Suure-Kopu_vallavalitsus, lk 64
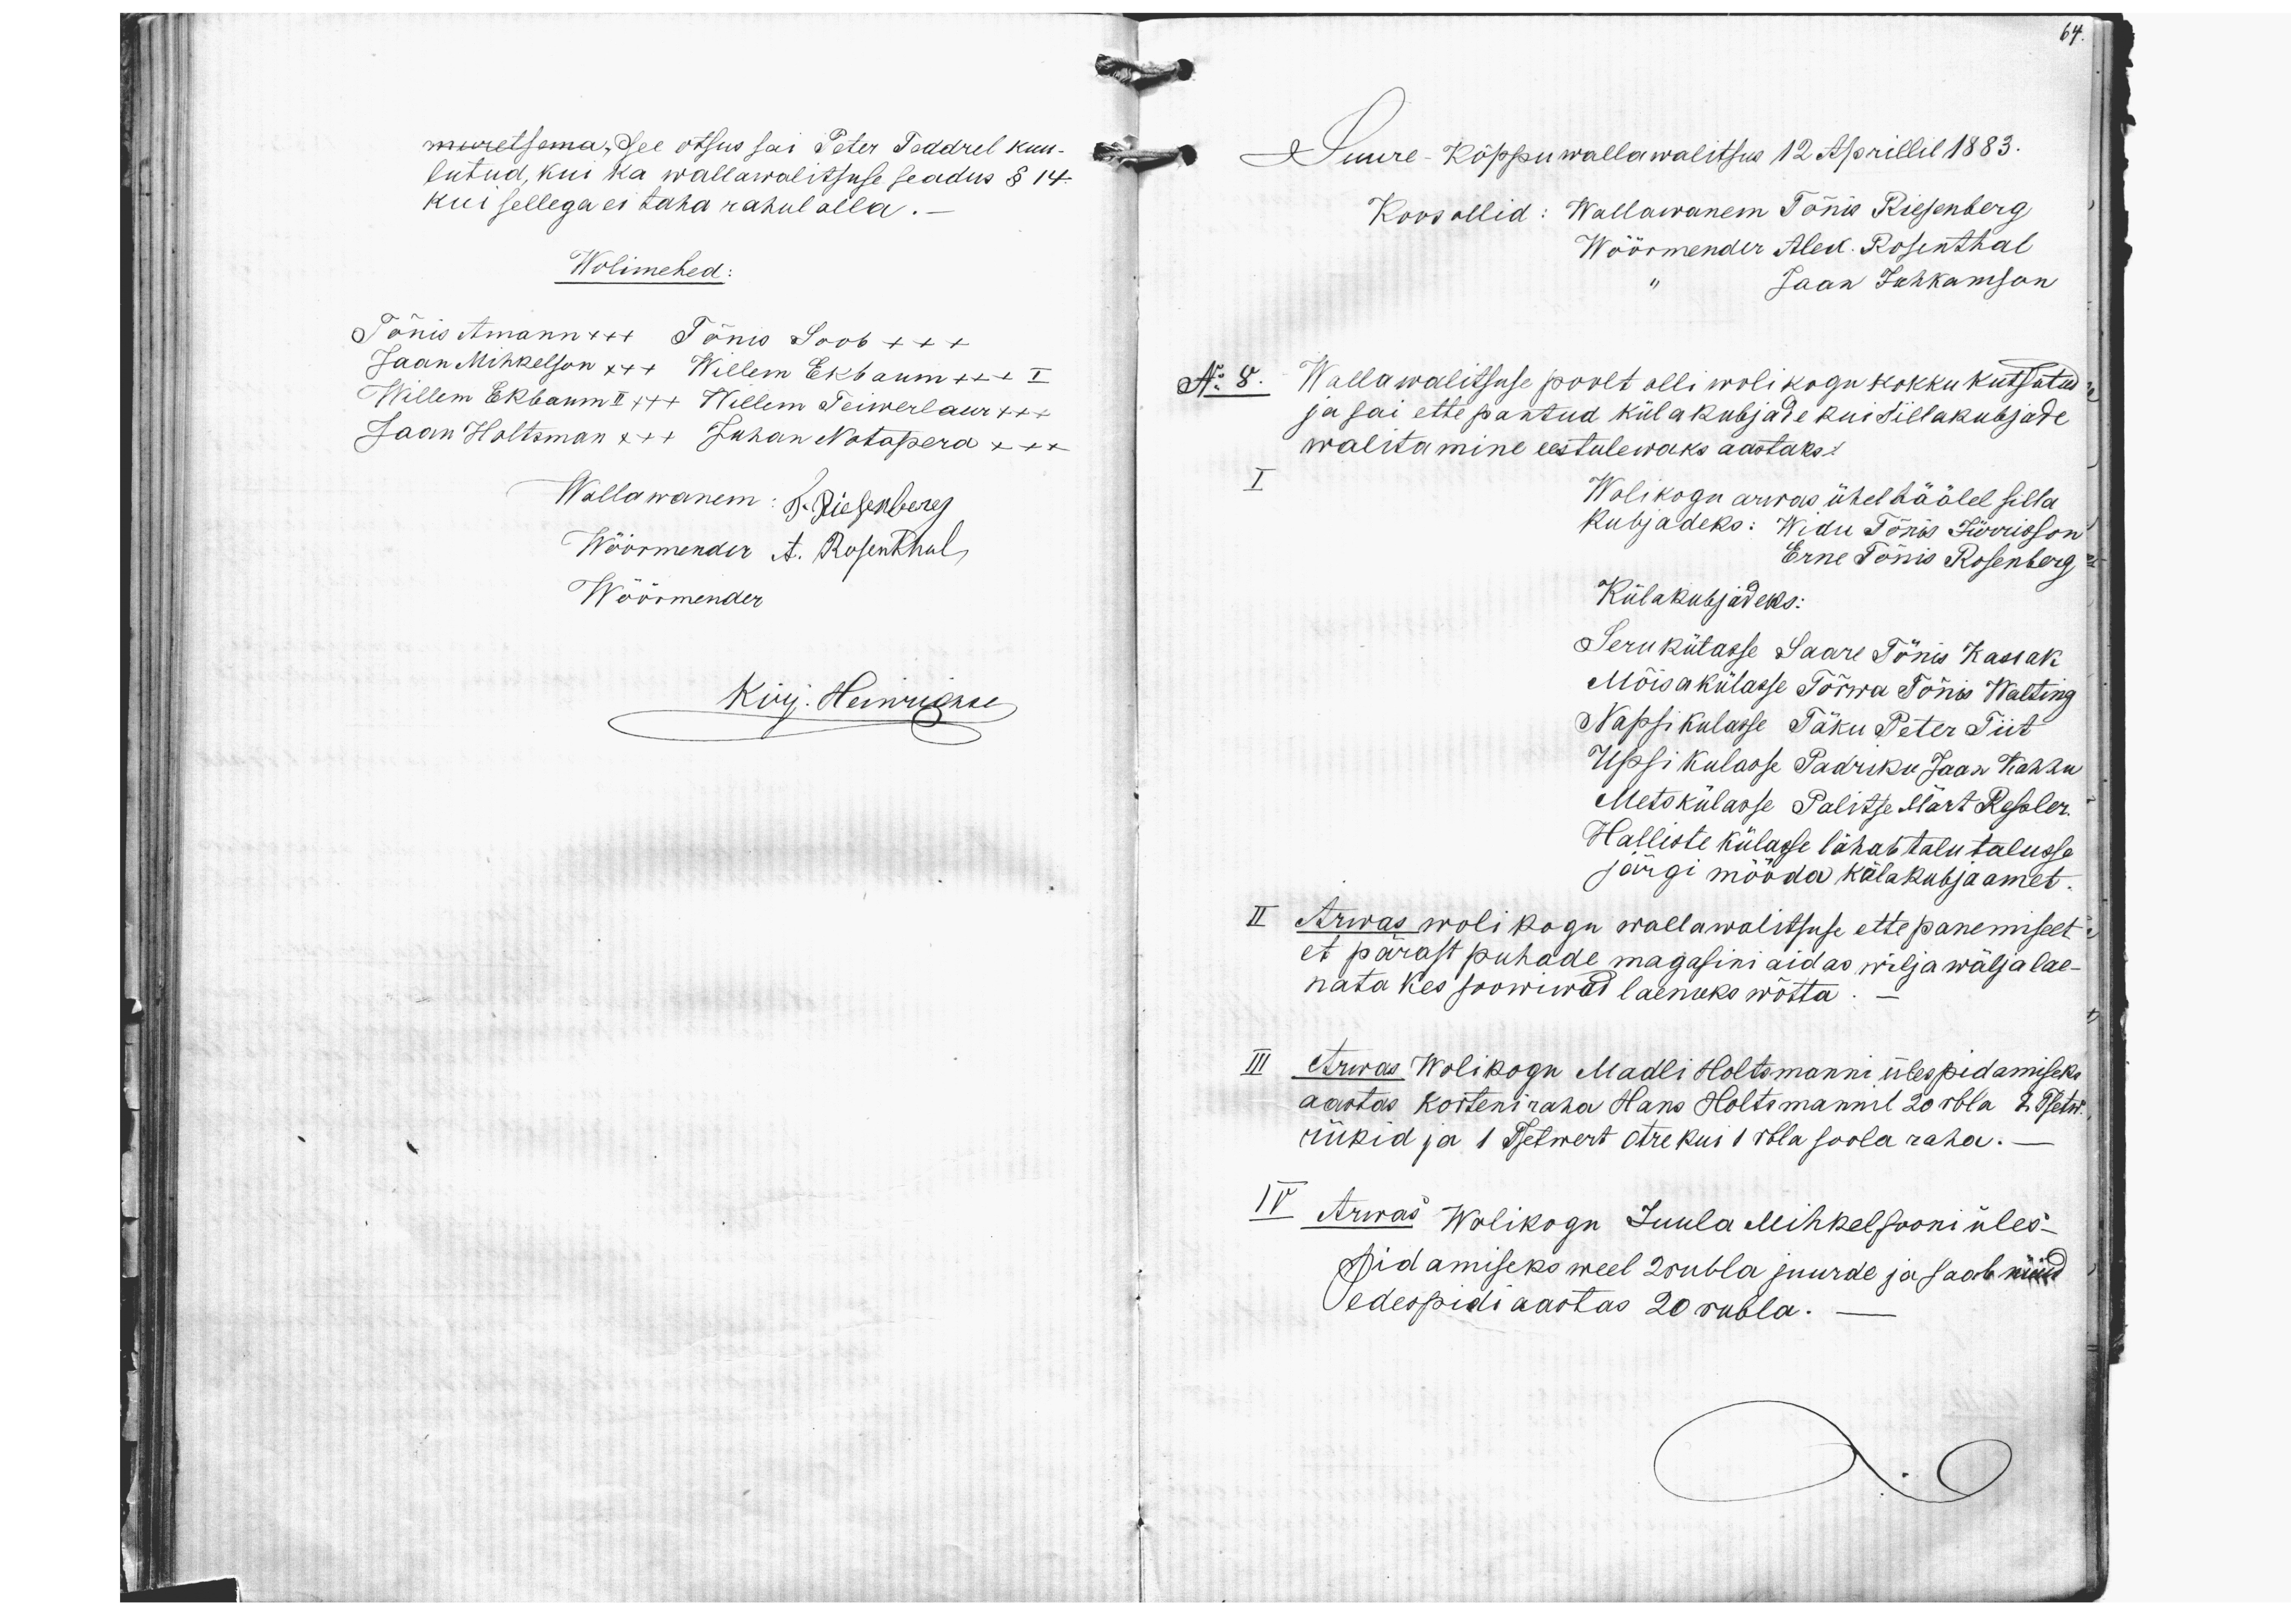
64.

muretsema, see otsus sai Peter Teddrel kuu-
lutud, kui ka wallawalitsuse seadus § 14.
kui sellega ei taha rahul olla.
Wolimehed:
Tõnis Amann xx+ Tõnis Soob xxx
Jaan Mihkelson x++ Willem Ekbaum +xx I
Willem Ekbaum II x++ Willem Teiwerlaur xxx
Jaan Holtsman x++ Juhan Notapera x+x
Wallawanem: K. Riesenberg
Wöörmendir A. Rosenthal,
Wöörmender
Kirj. Heinunguse

Suure-Kõppu wallawalitsus 12 Aprillil 1883.
Koos ollid: Wallawanem Tõnnis Riesenberg
Wöörmender Alex Rosenthal
" Jaan Juhkamson
Nr. 8. Wallawalitsuse poolt olli wolikogu kokku kutsutud
ja sai ettepantud küla kubjade kui sillakubjade
walitamine eestulewaks aastaks.
I
Wolikogu arwas ühel häälel silla
kubjadeks: Widu Tõnis Jürrison
Erne Tõnis Rosenberg
Külakubjadeks:
Seru külasse Saare Tõnis Kassak
Mõisakülasse Tõrwa Tõnis Walting
Napsi kulasse Täku Peter Tiit
Üpsi kulasse Padriku Jaan Kahhu
Metskülasse Palitse Märt Repler.
Halliste külasse lähab talu talusse
II Arwas wolikogu wallawalitsuse ettepanemiselt
järgi mööda külakubjaamet.
et pärast puhade magasini aidas wilja wäljalae-
nata kes soowiwad laenuks wõtta
III Arwas Wolikogu Madli Holtsmanni ülespidamiseks
aastas korteni raha Hans Holtsmannil 20 rbla 2 Tsetw.
rükid ja 1 Tsetwert otre kui 1 rbla soola raha.
IV Arwas Wolikogu Juula Mihkelsooni üles-
pidamiseks weel 2 rubla juurde ja saab nüüd
edespidi aastas 20 rubla.